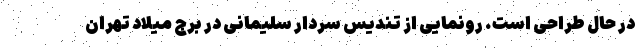
در حال طراحی است. رونمایی از تندیس سردار سلیمانی در برج میلاد تهران